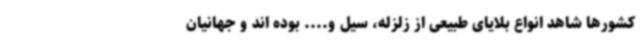
کشورها شاهد انواع بلایای طبیعی از زلزله، سیل و.... بوده اند و جهانیان